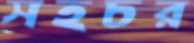
সহচর